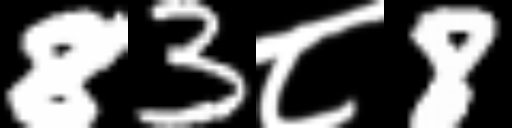
Text: 83८8